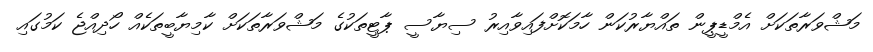
މަޝްވަރާތަކަށް އެމްޑީޕީން ތައްޔާރުކަން ހާމަކޮށްފައިވާއިރު ސިޔާސީ ޕާޓީތަކުގެ މަޝްވަރާތަކަށް ކާމިޔާބީތަކެއް ހޯދިއްޖެ ކަމުގައި